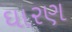
ઘારણ